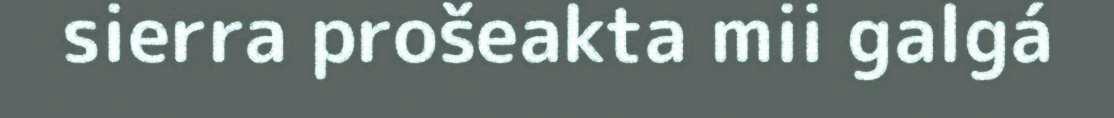
sierra prošeakta mii galgá